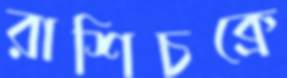
রাশিচক্রে